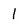
Character: l